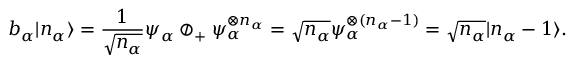
b _ { \alpha } | n _ { \alpha } \rangle = { \frac { 1 } { \sqrt { n _ { \alpha } } } } \psi _ { \alpha } \oslash _ { + } \psi _ { \alpha } ^ { \otimes n _ { \alpha } } = { \sqrt { n _ { \alpha } } } \psi _ { \alpha } ^ { \otimes ( n _ { \alpha } - 1 ) } = { \sqrt { n _ { \alpha } } } | n _ { \alpha } - 1 \rangle .